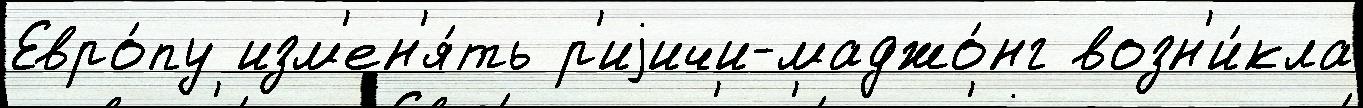
Евро́пу изм'ен'я́ть р'иjичи-маджо́нг возн'и́кла